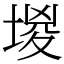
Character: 堫